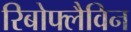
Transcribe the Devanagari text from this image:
रिबोफ्लैविन